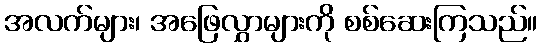
အလက်များ၊ အဖြေလွှာများကို စစ်ဆေးကြသည်။